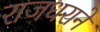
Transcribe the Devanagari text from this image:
राजधराने